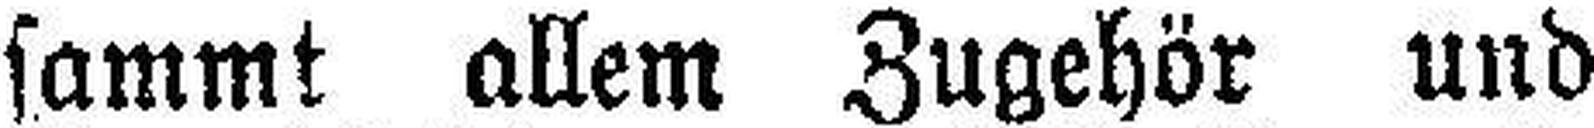
sammt allem Zugehör und